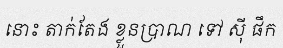
នោះ តាក់តែង ខ្លួនប្រាណ ទៅ ស៊ី ផឹក